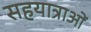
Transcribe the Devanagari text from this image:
सहयात्राओं